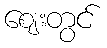
ဈေးတွင်